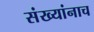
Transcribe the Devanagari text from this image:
संख्यांनाच